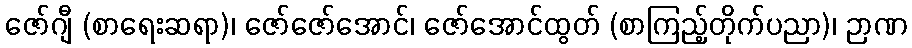
ဇော်ဂျီ (စာရေးဆရာ)၊ ဇော်ဇော်အောင်၊ ဇော်အောင်ထွတ် (စာကြည့်တိုက်ပညာ)၊ ဉာဏ